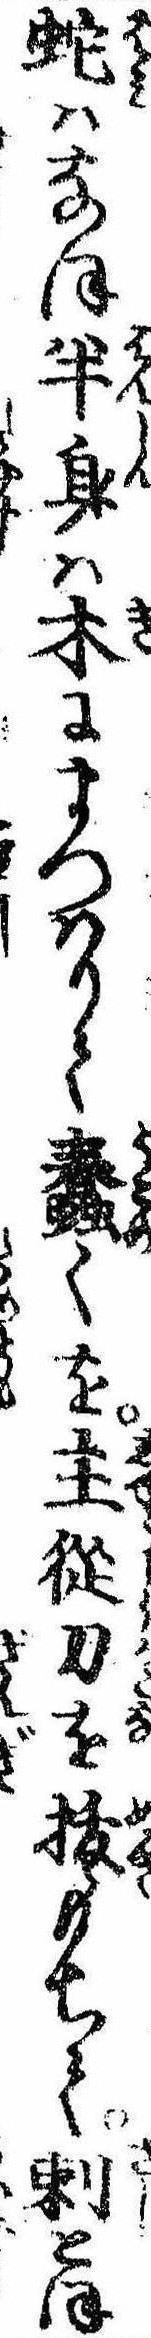
蛇はなほ半身は木にまつはりて蠢くを主従刀を抜もちて刺とほ